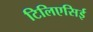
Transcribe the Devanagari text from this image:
टिलिएसिई